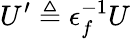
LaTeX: U^{\prime}\triangleq\epsilon_{f}^{-1}U